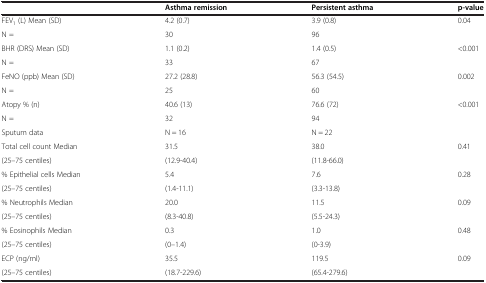
<table><thead><tr><td>[EMPTY_CELL]</td><td><b>Asthma remission</b></td><td><b>Persistent asthma</b></td><td><b>p-value</b></td></tr></thead><tbody><tr><td>FEV<sub>1</sub> (L) Mean (SD)</td><td>4.2 (0.7)</td><td>3.9 (0.8)</td><td rowspan="2">0.04</td></tr><tr><td>N =</td><td>30</td><td>96</td></tr><tr><td>BHR (DRS) Mean (SD)</td><td>1.1 (0.2)</td><td>1.4 (0.5)</td><td rowspan="2">&lt;0.001</td></tr><tr><td>N =</td><td>33</td><td>67</td></tr><tr><td>FeNO (ppb) Mean (SD)</td><td>27.2 (28.8)</td><td>56.3 (54.5)</td><td rowspan="2">0.002</td></tr><tr><td>N =</td><td>25</td><td>60</td></tr><tr><td>Atopy % (n)</td><td>40.6 (13)</td><td>76.6 (72)</td><td rowspan="2">&lt;0.001</td></tr><tr><td>N =</td><td>32</td><td>94</td></tr><tr><td>Sputum data</td><td>N = 16</td><td>N = 22</td><td>[EMPTY_CELL]</td></tr><tr><td>Total cell count Median</td><td>31.5</td><td>38.0</td><td rowspan="2">0.41</td></tr><tr><td>(25–75 centiles)</td><td>(12.9-40.4)</td><td>(11.8-66.0)</td></tr><tr><td>% Epithelial cells Median</td><td>5.4</td><td>7.6</td><td rowspan="2">0.28</td></tr><tr><td>(25–75 centiles)</td><td>(1.4-11.1)</td><td>(3.3-13.8)</td></tr><tr><td>% Neutrophils Median</td><td>20.0</td><td>11.5</td><td rowspan="2">0.09</td></tr><tr><td>(25–75 centiles)</td><td>(8.3-40.8)</td><td>(5.5-24.3)</td></tr><tr><td>% Eosinophils Median</td><td>0.3</td><td>1.0</td><td rowspan="2">0.48</td></tr><tr><td>(25–75 centiles)</td><td>(0–1.4)</td><td>(0-3.9)</td></tr><tr><td>ECP (ng/ml)</td><td>35.5</td><td>119.5</td><td rowspan="2">0.09</td></tr><tr><td>(25–75 centiles)</td><td>(18.7-229.6)</td><td>(65.4-279.6)</td></tr></tbody></table>